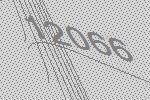
12066